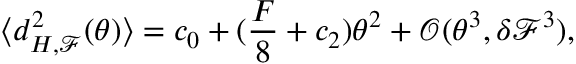
\langle d _ { H , \mathcal { F } } ^ { 2 } ( \theta ) \rangle = c _ { 0 } + ( \frac { F } { 8 } + c _ { 2 } ) \theta ^ { 2 } + \mathcal { O } ( \theta ^ { 3 } , \delta \mathcal { F } ^ { 3 } ) ,